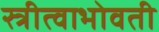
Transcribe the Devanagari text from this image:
स्त्रीत्वाभोवती